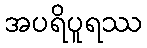
အပရိပူရဿ